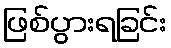
ဖြစ်ပွားရခြင်း